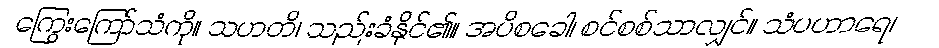
ကြွေးကြော်သံကို။ သဟတိ၊ သည်းခံနိုင်၏။ အပိစခေါ၊ စင်စစ်သာလျှင်။ သံပဟာရေ၊